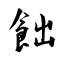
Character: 飿